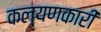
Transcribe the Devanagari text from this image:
कल्यणकारी